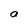
Character: a